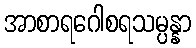
အာစာရဂေါစရသမ္ပန္နာ